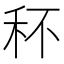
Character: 𥝣